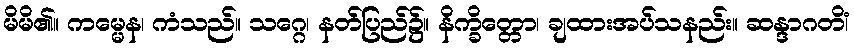
မိမိ၏။ ကမ္မေန၊ ကံသည်။ သဂ္ဂေ၊ နတ်ပြည်၌။ နိက္ခိတ္တော၊ ချထားအပ်သနည်း။ ဆန္ဒာဂတိံ၊